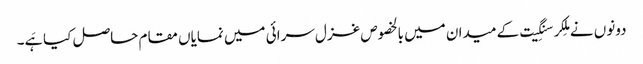
دونوں نے مِلکر سنگِیت کے میدان میں بالخصوص غزل سرائی میں نمایاں مقام حاصل کیا ہَے۔